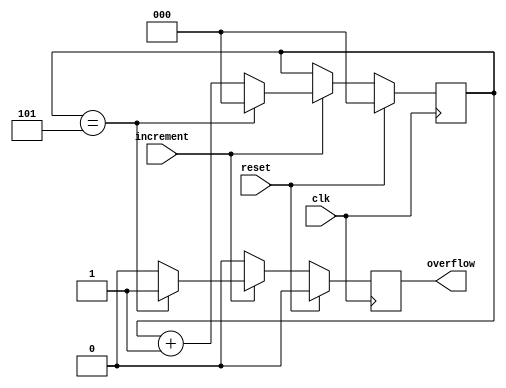
// Customisable counter using parameters
module counter(
	input clk,
	input reset,
	input increment,	
	output reg overflow
);

parameter BITS = 3;
parameter LIMIT = 6;

reg [BITS-1:0]count;

always @(posedge clk) begin
	if(reset) begin
		count <= 1'b0;
		overflow <= 1'b0;
	end else if(increment) begin
		if(count==(LIMIT-1)) begin
			count <= 1'b0;
			overflow <= 1'b1;
		end else begin
			count <= count + 1'b1;
			overflow <= 1'b0;
		end
	end else begin
		overflow <= 1'b0;
	end
end

endmodule